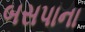
બસપાના